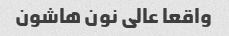
واقعا عالی نون هاشون